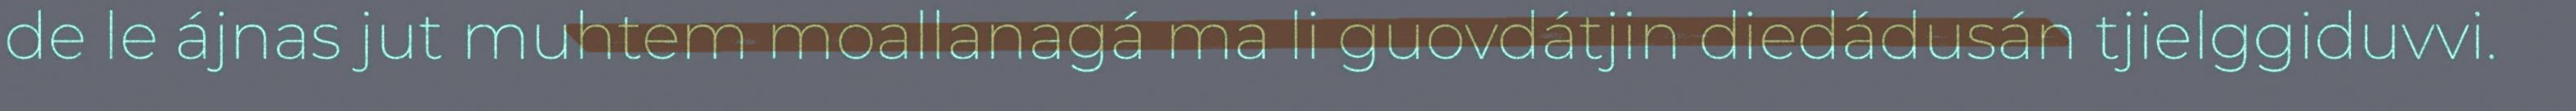
de le ájnas jut muhtem moallanagá ma li guovdátjin diedádusán tjielggiduvvi.